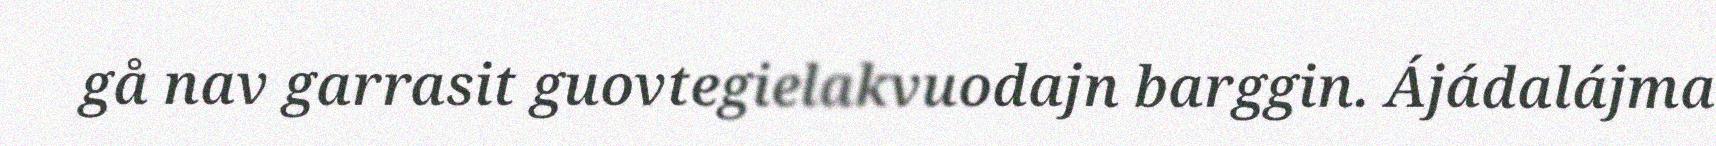
gå nav garrasit guovtegielakvuodajn barggin. Ájádalájma